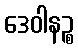
ဒေဝါနဉ္စ